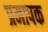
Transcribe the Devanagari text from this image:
प्रमापक